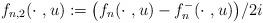
LaTeX: \begin{align*}f_{n, 2}(\cdot \ , u) := \big( f_n(\cdot \ , u) - f_n^-(\cdot \ , u) \big) /2i\end{align*}